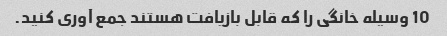
10 وسیله خانگی را که قابل بازیافت هستند جمع آوری کنید.